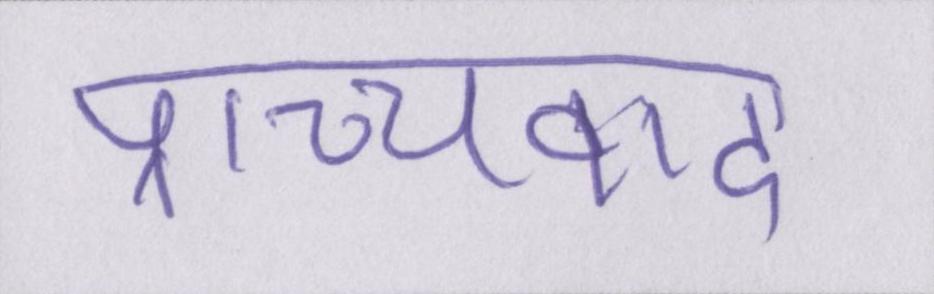
प्राच्यवाद